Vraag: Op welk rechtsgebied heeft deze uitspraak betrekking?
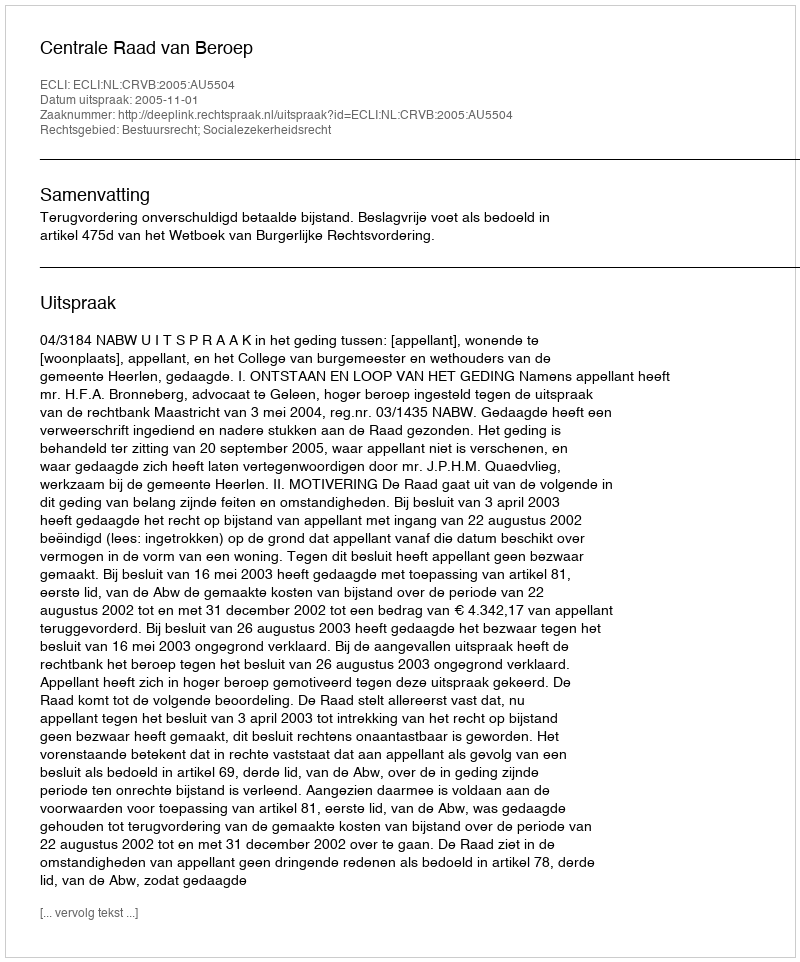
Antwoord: Bestuursrecht; Socialezekerheidsrecht